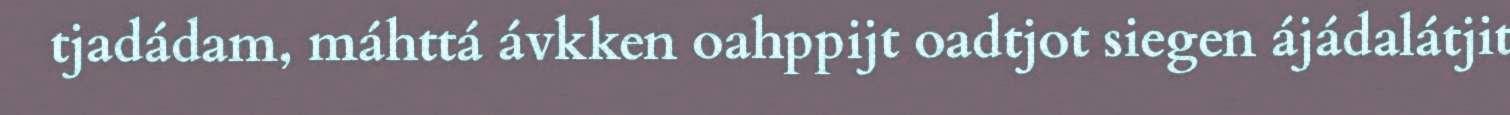
tjadádam, máhttá ávkken oahppijt oadtjot siegen ájádalátjit